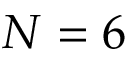
N = 6